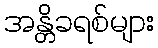
အန္တိခရစ်များ